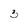
Character: 3